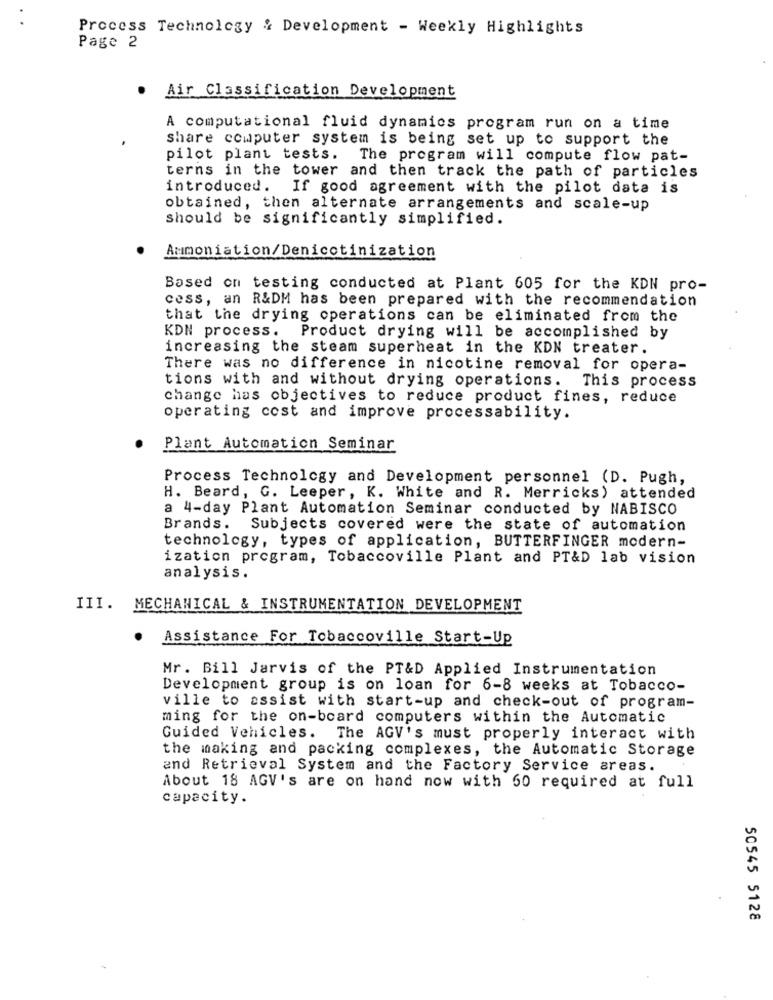
Process Technology & Development - Weekly Highlights
Page 2
Air Classification Development
A computational fluid dynamics program run on a time
share computer system is being set up to support the
pilot plant tests. The program will compute flow pat-
terns in the tower and then track the path of particles
introduced. If good agreement with the pilot data is
obtained, then alternate arrangements and scale-up
should be significantly simplified.
Ammoniation/Denicotinization
Based on testing conducted at Plant 605 for the KDN pro-
cess, an R&DM has been prepared with the recommendation
that the drying operations can be eliminated from the
KDN process. Product drying will be accomplished by
increasing the steam superheat in the KDN treater.
There was no difference in nicotine removal for opera-
tions with and without drying operations. This process
change has objectives to reduce product fines, reduce
operating cost and improve processability.
Plant Automation Seminar
Process Technology and Development personnel (D. Pugh,
H. Beard, G. Leeper, K. White and R. Merricks) attended
a 4-day Plant Automation Seminar conducted by NABISCO
Brands.
Subjects covered were the state of automation
technology, types of application, BUTTERFINGER modern-
ization program, Tobaccoville Plant and PT&D lab vision
analysis.
III. MECHANICAL & INSTRUMENTATION DEVELOPMENT
Assistance For Tobaccoville Start-Up
Mr. Bill Jarvis of the PT&D Applied Instrumentation
Development group is on loan for 6-8 weeks at Tobacco-
ville to assist with start-up and check-out of program-
ming for the on-board computers within the Automatic
Guided Vehicles. The AGV's must properly interact with
the making and packing complexes, the Automatic Storage
and Retrieval System and the Factory Service areas.
About 18 AGV's are on hand now with 60 required at full
capacity.
50545 5128